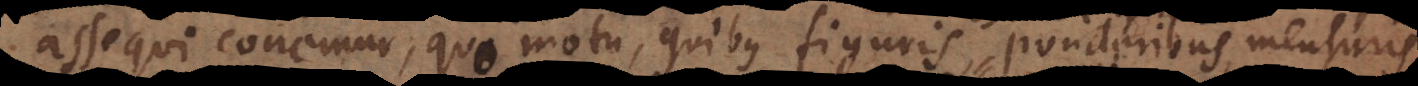
assequi conemur, quo motu, quibus figuris, ponderibus, mensuris